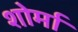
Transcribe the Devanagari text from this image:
शोर्मा